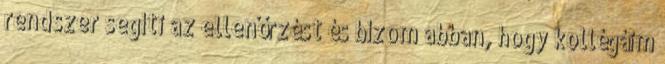
rendszer segíti az ellenőrzést és bízom abban, hogy kollégáim